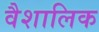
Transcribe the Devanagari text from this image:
वैशालिक